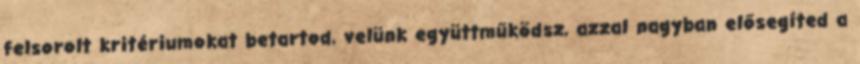
felsorolt kritériumokat betartod, velünk együttműködsz, azzal nagyban elősegíted a